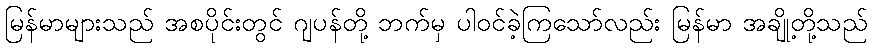
မြန်မာများသည် အစပိုင်းတွင် ဂျပန်တို့ ဘက်မှ ပါဝင်ခဲ့ကြသော်လည်း မြန်မာ အချို့တို့သည်